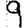
Digit: 9